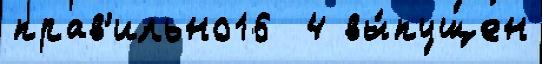
прав'ильно16  4 вы́пущен